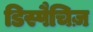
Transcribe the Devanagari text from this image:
डिस्पैचिज़